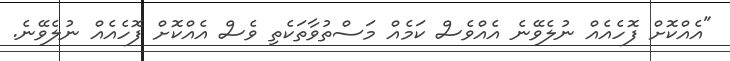
"އެއްކޮށް ފޮހެއެއް ނުލެވޭނެ އެއްވެސް ކަމެއް މަސްތުވާތަކެތި ވެސް އެއްކޮށް ފޮހެއެއް ނުލެވޭނެ.